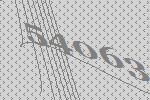
54063